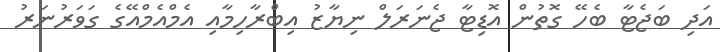
އަދި ބަޖެޓާ ބެހޭ ގޮތުން އޮޑިޓާ ޖެނަރަލް ނިޔާޒު އިބްރާހިމާއި އެމްއެމްއޭގެ ގަވަރުނަރު